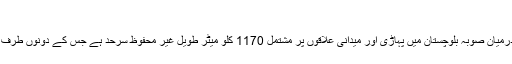
"
پاکستان اور افغانستان کے درمیان صوبہ بلوچستان میں پہاڑی اور میدانی علاقوں پر مشتمل 1170 کلو میٹر طویل غیر محفوظ سرحد ہے جس کے دونوں طرف مختلف پشتون قبائل آباد ہیں۔